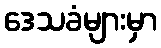
ဒေသခံများမှာ